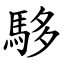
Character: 䮈